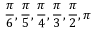
\frac { \pi } { 6 } , \frac { \pi } { 5 } , \frac { \pi } { 4 } , \frac { \pi } { 3 } , \frac { \pi } { 2 } , \pi